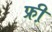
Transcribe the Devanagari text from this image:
फ्री़